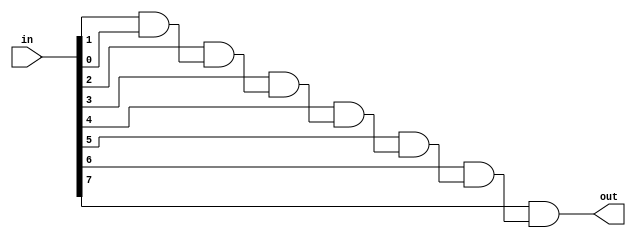
`timescale 1ns / 1ps
//////////////////////////////////////////////////////////////////////////////////
// Company: 
// Engineer: 
// 
// Design Name: 
// Module Name: utils
// Project Name: 
// Target Devices: 
// Tool Versions: 
// Description: 
// 
// Dependencies: 
// 
// Revision:
// Revision 0.01 - File Created
// Additional Comments:
// 
//////////////////////////////////////////////////////////////////////////////////


module reductionAND_8bits (input [7:0] in, output out);
    wire w1, w2, w3, w4, w5, w6;
    assign w1 = in[1] & in[0];
    assign w2 = in[2] & w1;
    assign w3 = in[3] & w2;
    assign w4 = in[4] & w3;
    assign w5 = in[5] & w4;
    assign w6 = in[6] & w5;
    assign out = in[7] & w6;
endmodule

module reductionOR_8bits (input [7:0] in, output out);
    wire w1, w2, w3, w4, w5, w6;
    assign w1 = in[1] | in[0];
    assign w2 = in[2] | w1;
    assign w3 = in[3] | w2;
    assign w4 = in[4] | w3;
    assign w5 = in[5] | w4;
    assign w6 = in[6] | w5;
    assign out = in[7] | w6;
endmodule

module reductionOR_24bits (input [23:0] in, output out);
    wire w1, w2, w3;
    reductionOR_8bits OR_0(.in(in[7:0]), .out(w1));
    reductionOR_8bits OR_1(.in(in[15:8]), .out(w2));
    reductionOR_8bits OR_2(.in(in[23:16]), .out(w3));
    assign out = w1 | w2 | w3;
endmodule

module Complement_1s_8bits (input [7:0] in, output [7:0] out);
    assign out[0] = !in[0];
    assign out[1] = !in[1];
    assign out[2] = !in[2];
    assign out[3] = !in[3];
    assign out[4] = !in[4];
    assign out[5] = !in[5];
    assign out[6] = !in[6];
    assign out[7] = !in[7];
endmodule

module Complement_1s_24bits (input [23:0] in, output [23:0] out);
    Complement_1s_8bits COMP0(.in(in[7:0]), .out(out[7:0]));
    Complement_1s_8bits COMP1(.in(in[15:8]), .out(out[15:8]));
    Complement_1s_8bits COMP2(.in(in[23:16]), .out(out[23:16]));
endmodule

module Complement_2s_8bits (input [7:0] in, output [7:0] out);
    wire [7:0] temp;
    wire dummy;
    Complement_1s_8bits COMP0(.in(in), .out(temp));
    Adder_8bits ADD0(.a(temp), .b(8'b0000_0001), .cin(1'b0), .out(out), .cout(dummy));
endmodule

module Complement_2s_24bits (input [23:0] in, output [23:0] out);
    wire [23:0] temp;
    wire dummy;
    Complement_1s_24bits COMP0(.in(in), .out(temp));
    Adder_24bits ADD0(.a(temp), .b(24'b0000_0000_0000_0000_0000_0001), .cin(1'b0), .out(out), .cout(dummy));
endmodule

module Adder_4bits(input [3:0] a, input [3:0] b, input cin, output [3:0] out, output cout);
    wire p0, p1, p2, p3;
    wire g0, g1, g2, g3;
    wire c0, c1, c2;
       
    assign p0 = a[0] ^ b[0];
    assign p1 = a[1] ^ b[1];
    assign p2 = a[2] ^ b[2];
    assign p3 = a[3] ^ b[3];
    assign g0 = a[0] & b[0];
    assign g1 = a[1] & b[1];
    assign g2 = a[2] & b[2];
    assign g3 = a[3] & b[3];
    
    assign c0 = g0 | (p0 & cin);
    assign c1 = g1 | (p1 & g0) | (p1 & p0 & cin);
    assign c2 = g2 | (p2 & g1) | (p2 & p1 & g0) | (p2 & p1 & p0 & cin);
    assign cout = g3 | (p3 & g2) | (p3 & p2 & g1) | (p3 & p2 & p1 & g0) | (p3 & p2 & p1 & p0 & cin);
    
    assign out[0] = p0 ^ cin;
    assign out[1] = p1 ^ c0;
    assign out[2] = p2 ^ c1;
    assign out[3] = p3 ^ c2;
endmodule

module Adder_8bits(input [7:0] a, input [7:0] b, input cin, output [7:0] out, output cout);
    wire cout_0;
    Adder_4bits ADD0(.a(a[3:0]), .b(b[3:0]), .cin(cin), .out(out[3:0]), .cout(cout_0));
    Adder_4bits ADD1(.a(a[7:4]), .b(b[7:4]), .cin(cout_0), .out(out[7:4]), .cout(cout));
endmodule

module Adder_9bits(input [8:0] a, input [8:0] b, input cin, output [8:0] out, output cout);
    wire cout_0;
    Adder_8bits ADD0(.a(a[7:0]), .b(b[7:0]), .cin(cin), .out(out[7:0]), .cout(cout_0));
    assign out[8] = a[8] ^ b[8] ^ cout_0;
    assign cout = a[8] & b[8] | a[8] & cout_0 | cout_0 & b[8];
endmodule

module Adder_24bits(input [23:0] a, input [23:0] b, input cin, output [23:0] out, output cout);
    wire cout_0, cout_1;
    Adder_8bits ADD0(.a(a[7:0]), .b(b[7:0]), .cin(cin), .out(out[7:0]), .cout(cout_0));
    Adder_8bits ADD1(.a(a[15:8]), .b(b[15:8]), .cin(cout_0), .out(out[15:8]), .cout(cout_1));
    Adder_8bits ADD2(.a(a[23:16]), .b(b[23:16]), .cin(cout_1), .out(out[23:16]), .cout(cout));
endmodule

module Multiply_8bits(input [7:0] a, input [7:0] b, output [15:0] out);
    assign out = a*b;
endmodule

module Multiply_24bits(input [23:0] a, input [23:0] b, output [47:0] out);
    assign out = a*b;
endmodule

module Mux_1bit(input a, input b, input compare, output out);
    wire w1,w2;
	assign w1 = a & !compare;
	assign w2 = b & compare;
	assign out = w1 | w2;
endmodule

module Mux_8bits(input [7:0] a, input [7:0] b, input compare, output [7:0] out);
    Mux_1bit M0(.a(a[0]), .b(b[0]), .compare(compare), .out(out[0]));
    Mux_1bit M1(.a(a[1]), .b(b[1]), .compare(compare), .out(out[1]));
    Mux_1bit M2(.a(a[2]), .b(b[2]), .compare(compare), .out(out[2]));
    Mux_1bit M3(.a(a[3]), .b(b[3]), .compare(compare), .out(out[3]));
    Mux_1bit M4(.a(a[4]), .b(b[4]), .compare(compare), .out(out[4]));
    Mux_1bit M5(.a(a[5]), .b(b[5]), .compare(compare), .out(out[5]));
    Mux_1bit M6(.a(a[6]), .b(b[6]), .compare(compare), .out(out[6]));
    Mux_1bit M7(.a(a[7]), .b(b[7]), .compare(compare), .out(out[7]));
endmodule

module Mux_24bits(input [23:0] a, input [23:0] b, input compare, output [23:0] out);
    Mux_8bits M0(.a(a[7:0]), .b(b[7:0]), .compare(compare), .out(out[7:0]));
    Mux_8bits M1(.a(a[15:8]), .b(b[15:8]), .compare(compare), .out(out[15:8]));
    Mux_8bits M2(.a(a[23:16]), .b(b[23:16]), .compare(compare), .out(out[23:16]));
endmodule

module Normalize_and_Shift(input [23:0] in, input carry, input oper, output reg [4:0] shift, output reg [22:0] out);
    reg [23:0] temp;
    
    always @(*)
    begin
        if (carry & !oper)
        begin
            out = in[23:1] + {22'b0, in[0]};
            shift = 5'd0;
        end
        else
        begin
            casex(in)
                24'b1xxx_xxxx_xxxx_xxxx_xxxx_xxxx:
                begin
                    out = in[22:0];
                    shift = 5'd0;
                end
                24'b01xx_xxxx_xxxx_xxxx_xxxx_xxxx:
                begin
                    temp = in << 1;
                    out = temp[22:0];
                    shift = 5'd1;
                end
                24'b001x_xxxx_xxxx_xxxx_xxxx_xxxx:
                begin
                    temp = in << 2;
                    out = temp[22:0];
                    shift = 5'd2;
                end
                24'b0001_xxxx_xxxx_xxxx_xxxx_xxxx:
                begin
                    temp = in << 3;
                    out = temp[22:0];
                    shift = 5'd3;
                end
                24'b0000_1xxx_xxxx_xxxx_xxxx_xxxx:
                begin
                    temp = in << 4;
                    out = temp[22:0];
                    shift = 5'd4;
                end
                24'b0000_01xx_xxxx_xxxx_xxxx_xxxx:
                begin
                    temp = in << 5;
                    out = temp[22:0];
                    shift = 5'd5;
                end
                24'b0000_001x_xxxx_xxxx_xxxx_xxxx:
                begin
                    temp = in << 6;
                    out = temp[22:0];
                    shift = 5'd6;
                end
                24'b0000_0001_xxxx_xxxx_xxxx_xxxx:
                begin
                    temp = in << 7;
                    out = temp[22:0];
                    shift = 5'd7;
                end
                24'b0000_0000_1xxx_xxxx_xxxx_xxxx:
                begin
                    temp = in << 8;
                    out = temp[22:0];
                    shift = 5'd8;
                end
                24'b0000_0000_01xx_xxxx_xxxx_xxxx:
                begin
                    temp = in << 9;
                    out = temp[22:0];
                    shift = 5'd9;
                end
                24'b0000_0000_001x_xxxx_xxxx_xxxx:
                begin
                    temp = in << 10;
                    out = temp[22:0];
                    shift = 5'd10;
                end
                24'b0000_0000_0001_xxxx_xxxx_xxxx:
                begin
                    temp = in << 11;
                    out = temp[22:0];
                    shift = 5'd11;
                end
                24'b0000_0000_0000_1xxx_xxxx_xxxx:
                begin
                    temp = in << 12;
                    out = temp[22:0];
                    shift = 5'd12;
                end
                24'b0000_0000_0000_01xx_xxxx_xxxx:
                begin
                    temp = in << 13;
                    out = temp[22:0];
                    shift = 5'd13;
                end
                24'b0000_0000_0000_001x_xxxx_xxxx:
                begin
                    temp = in << 14;
                    out = temp[22:0];
                    shift = 5'd14;
                end
                24'b0000_0000_0000_0001_xxxx_xxxx:
                begin
                    temp = in << 15;
                    out = temp[22:0];
                    shift = 5'd15;
                end
                24'b0000_0000_0000_0000_1xxx_xxxx:
                begin
                    temp = in << 16;
                    out = temp[22:0];
                    shift = 5'd16;
                end
                24'b0000_0000_0000_0000_01xx_xxxx:
                begin
                    temp = in << 17;
                    out = temp[22:0];
                    shift = 5'd17;
                end
                24'b0000_0000_0000_0000_001x_xxxx:
                begin
                    temp = in << 18;
                    out = temp[22:0];
                    shift = 5'd18;
                end
                24'b0000_0000_0000_0000_0001_xxxx:
                begin
                    temp = in << 19;
                    out = temp[22:0];
                    shift = 5'd19;
                end
                24'b0000_0000_0000_0000_0000_1xxx:
                begin
                    temp = in << 20;
                    out = temp[22:0];
                    shift = 5'd20;
                end
                24'b0000_0000_0000_0000_0000_01xx:
                begin
                    temp = in << 21;
                    out = temp[22:0];
                    shift = 5'd21;
                end
                24'b0000_0000_0000_0000_0000_001x:
                begin
                    temp = in << 22;
                    out = temp[22:0];
                    shift = 5'd22;
                end
                24'b0000_0000_0000_0000_0000_0001:
                begin
                    temp = in << 23;
                    out = temp[22:0];
                    shift = 5'd23;
                end
                default:
                begin
                    out = 23'b0;
                    shift = 5'd0;
                end     
            endcase
        end
    end
endmodule

module Normalize_and_Shift_bfloat16(input [7:0] in, input carry, input oper, output reg [4:0] shift, output reg [6:0] out);
    reg [7:0] temp;
    
    always @(*)
    begin
        if (carry & !oper)
        begin
            out = in[7:1] + {6'b0, in[0]};
            shift = 5'd0;
        end
        else
        begin
            casex(in)
                8'b1xxx_xxxx:
                begin
                    out = in[6:0];
                    shift = 5'd0;
                end
                8'b01xx_xxxx:
                begin
                    temp = in << 1;
                    out = temp[6:0];
                    shift = 5'd1;
                end
                8'b001x_xxxx:
                begin
                    temp = in << 2;
                    out = temp[6:0];
                    shift = 5'd2;
                end
                8'b0001_xxxx:
                begin
                    temp = in << 3;
                    out = temp[6:0];
                    shift = 5'd3;
                end
                8'b0000_1xxx:
                begin
                    temp = in << 4;
                    out = temp[6:0];
                    shift = 5'd4;
                end
                8'b0000_01xx:
                begin
                    temp = in << 5;
                    out = temp[6:0];
                    shift = 5'd5;
                end
                8'b0000_001x:
                begin
                    temp = in << 6;
                    out = temp[6:0];
                    shift = 5'd6;
                end
                8'b0000_0001:
                begin
                    temp = in << 7;
                    out = temp[6:0];
                    shift = 5'd7;
                end
                default:
                begin
                    out = 7'b0;
                    shift = 5'd0;
                end     
            endcase
        end
    end
endmodule